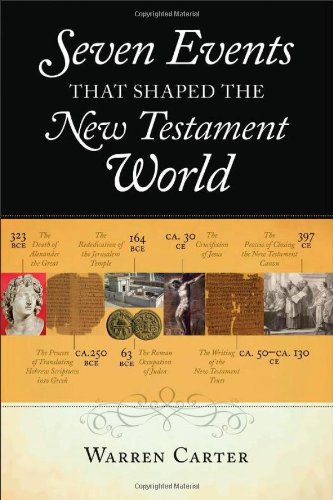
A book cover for Seven Events That Shaped the New Testament World; Warren Carter; Christian Books & Bibles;